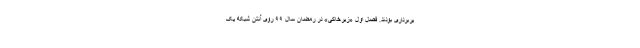
یربرداری بودند. فصل اول «زیرخاکی» در رمضان سال ۹۹ روی آنتن شبکه یک